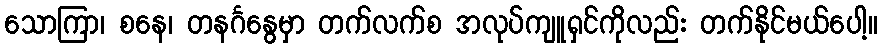
သောကြာ၊ စနေ၊ တနင်္ဂနွေမှာ တက်လက်စ အလုပ်ကျူရှင်ကိုလည်း တက်နိုင်မယ်ပေါ့။